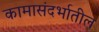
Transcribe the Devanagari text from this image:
कामासंदर्भातील